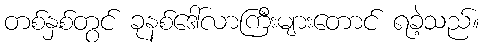
တစ်နှစ်တွင် ခုနစ်ဒေါ်လာကြီးများတောင် ရခဲ့သည်။